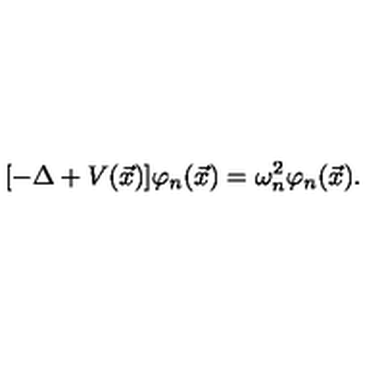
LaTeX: [ - \Delta + V ( \vec { x } ) ] \varphi _ { n } ( \vec { x } ) = \omega _ { n } ^ { 2 } \varphi _ { n } ( \vec { x } ) .